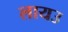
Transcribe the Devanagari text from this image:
लायउ